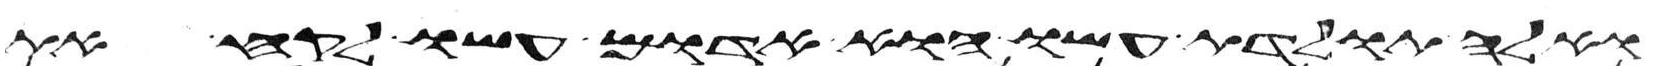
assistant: ואלה תולדת עשו הוא אדום עשו לקח את